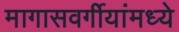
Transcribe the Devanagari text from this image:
मागासवर्गीयांमध्ये